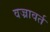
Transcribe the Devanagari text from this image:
वज्रावर्त